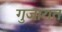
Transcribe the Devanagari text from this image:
गुजारात